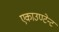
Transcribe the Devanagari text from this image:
एकाउण्टेन्ट